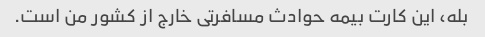
بله، این کارت بیمه حوادث مسافرتی خارج از کشور من است.